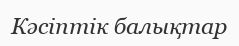
Кәсіптік балықтар